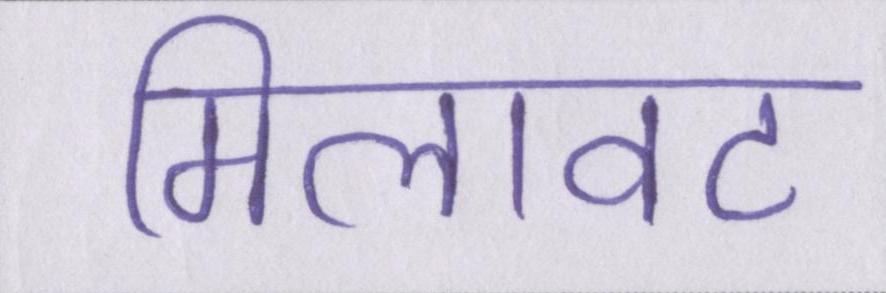
मिलावट